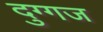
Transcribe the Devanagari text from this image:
दुग्गज